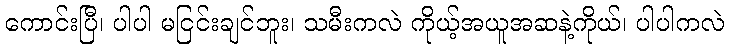
ကောင်းပြီ၊ ပါပါ မငြင်းချင်ဘူး၊ သမီးကလဲ ကိုယ့်အယူအဆနဲ့ကိုယ်၊ ပါပါကလဲ